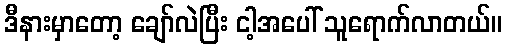
ဒီနားမှာတော့ ချော်လဲပြီး ငါ့အပေါ် သူရောက်လာတယ်။